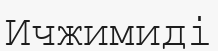
Ичжимиді